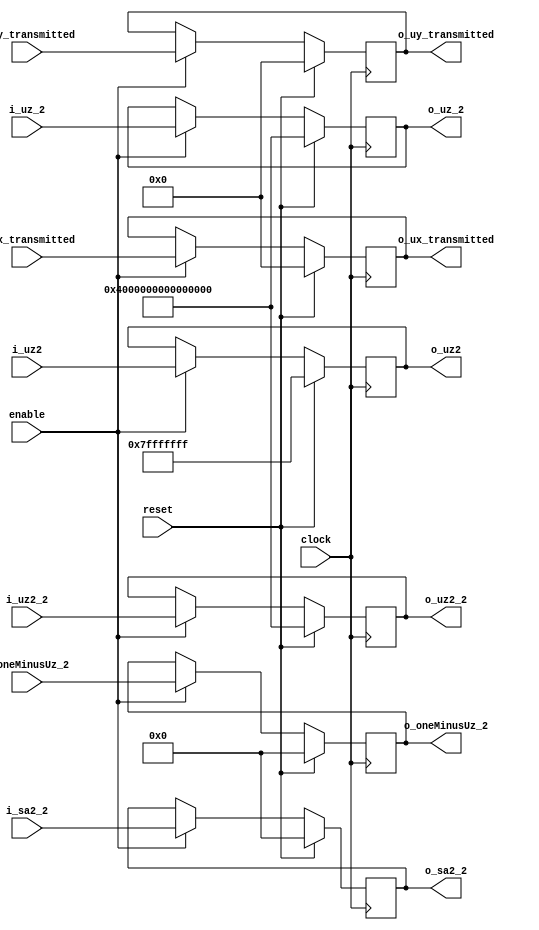
`define TRIG_WIDTH 5'b01010 //10;
`define PIPELINE_DEPTH_UPPER_LIMIT 10'b0100000000 //256;
`define ABSORB_ADDR_WIDTH 6'b010000 //16;
`define ABSORB_WORD_WIDTH 7'b01000000 //64;
`define WSCALE 22'b0111010100101111111111 //1919999;
//`define BIT_WIDTH 7'b0100000
//`define LAYER_WIDTH 6'b000011 
`define LEFTSHIFT 6'b000011         // 2^3=8=1/0.125 where 0.125 = CHANCE of roulette
`define INTCHANCE 32'b00100000000000000000000000000000 //Based on 32 bit rand num generator
`define MIN_WEIGHT 9'b011001000 
`define BIT_WIDTH 7'b0100000
`define LAYER_WIDTH 6'b000011
`define INTMAX 32'b01111111111111111111111111111111
`define INTMIN 32'b10000000000000000000000000000000
`define DIVIDER_LATENCY 6'b011110
`define FINAL_LATENCY 6'b011100
`define MULT_LATENCY 1'b1
`define ASPECT_RATIO 6'b000111
`define TOTAL_LATENCY 7'b0111100
//`define BIT_WIDTH 6'b100000
//`define LAYER_WIDTH 6'b000011
`define LOGSCALEFACTOR 6'b000101
`define MAXLOG 32'b10110001011100100001011111110111		//Based on 32 bit unsigned rand num generator
`define CONST_MOVE_AMOUNT 15'b110000110101000  //Used for testing purposes only
`define MUTMAX_BITS 6'b001111
//`define BIT_WIDTH 6'b100000
//`define LAYER_WIDTH 6'b000011
//`define INTMAX 32'b01111111111111111111111111111111
//`define INTMIN 32'b10000000000000000000000000000000
//`define BIT_WIDTH 7'b0100000
`define MANTISSA_PRECISION 6'b001010
`define LOG2_BIT_WIDTH 6'b000110
`define LOG2 28'b0101100010111001000010111111
`define NR 10'b0100000000             
`define NZ 10'b0100000000              
`define NR_EXP 5'b01000              //meaning `NR=2^`NR_exp or 2^8=256
`define RGRID_SCLAE_EXP 6'b010101    //2^21 = RGRID_SCALE
`define ZGRID_SCLAE_EXP 6'b010101    //2^21 = ZGRID_SCALE
//`define BIT_WIDTH 7'b0100000
`define BIT_WIDTH_2 8'b01000000
`define WORD_WIDTH 8'b01000000
`define ADDR_WIDTH 6'b010000          //256x256=2^8*2^8=2^16
`define DIV 6'b010100//20;
`define SQRT 5'b01010 //10;
`define LAT 7'b0100101 //DIV + SQRT + 7;
`define INTMAX_2 {32'h3FFFFFFF,32'h00000001}
//`define INTMAX 32'b01111111111111111111111111111111//2147483647;
//`define INTMIN 32'b10000000000000000000000000000001//-2147483647;
`define INTMAXMinus3 32'b01111111111111111111111111111100//2147483644;
`define negINTMAXPlus3 32'b10000000000000000000000000000100//-2147483644;
`define INTMAX_2_ref {32'h3FFFFFFF,32'hFFFFFFFF}
`define SIMULATION_MEMORY

module InternalsBlock_Reflector(
	//Inputs
	clock,
	reset,
	enable,

	i_uz_2,			//uz^2
	i_uz2,			//new uz, should the photon transmit to new layer
	i_oneMinusUz_2, 	//(1-uz)^2
	i_sa2_2,		//(sine of angle 2)^2 (uz2 = cosine of angle 2).
	i_uz2_2,		//(uz2)^2, new uz squared.
	i_ux_transmitted,	//new value for ux, if the photon transmits to the next layer
	i_uy_transmitted,	//new value for uy, if the photon transmits to the next layer
	
	//Outputs
	o_uz_2,
	o_uz2,
	o_oneMinusUz_2,
	o_sa2_2,
	o_uz2_2,
	o_ux_transmitted,
	o_uy_transmitted
	);

input					clock;
input					reset;
input					enable;

input		[63:0]		i_uz_2;
input		[31:0]		i_uz2;
input		[63:0]		i_oneMinusUz_2;
input		[63:0]		i_sa2_2;
input		[63:0]		i_uz2_2;
input		[31:0]		i_ux_transmitted;
input		[31:0]		i_uy_transmitted;

output		[63:0]		o_uz_2;
output		[31:0]		o_uz2;
output		[63:0]		o_oneMinusUz_2;
output		[63:0]		o_sa2_2;
output		[63:0]		o_uz2_2;
output		[31:0]		o_ux_transmitted;
output		[31:0]		o_uy_transmitted;


wire					clock;
wire					reset;
wire					enable;

wire		[63:0]		i_uz_2;
wire		[31:0]		i_uz2;
wire		[63:0]		i_oneMinusUz_2;
wire		[63:0]		i_sa2_2;
wire		[63:0]		i_uz2_2;
wire		[31:0]		i_ux_transmitted;
wire		[31:0]		i_uy_transmitted;


reg		[63:0]		o_uz_2;
reg		[31:0]		o_uz2;
reg		[63:0]		o_oneMinusUz_2;
reg		[63:0]		o_sa2_2;
reg		[63:0]		o_uz2_2;
reg		[31:0]		o_ux_transmitted;
reg		[31:0]		o_uy_transmitted;



always @ (posedge clock)
	if(reset) begin
		o_uz_2					<= 64'h3FFFFFFFFFFFFFFF;
		o_uz2					<= 32'h7FFFFFFF;
		o_oneMinusUz_2				<= 64'h0000000000000000;
		o_sa2_2					<= 64'h0000000000000000;
		o_uz2_2					<= 64'h3FFFFFFFFFFFFFFF;
		o_ux_transmitted			<= 32'h00000000;
		o_uy_transmitted			<= 32'h00000000;
	end else if(enable) begin
		o_uz_2					<= i_uz_2;
		o_uz2					<= i_uz2;
		o_oneMinusUz_2				<= i_oneMinusUz_2;
		o_sa2_2					<= i_sa2_2;
		o_uz2_2					<= i_uz2_2;
		o_ux_transmitted			<= i_ux_transmitted;
		o_uy_transmitted			<= i_uy_transmitted;
	end
endmodule